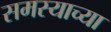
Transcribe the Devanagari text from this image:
समस्याच्या